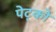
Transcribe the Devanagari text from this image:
पेट्को